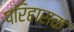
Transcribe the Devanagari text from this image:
परिहासक